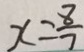
x = \frac { 8 } { 7 }